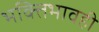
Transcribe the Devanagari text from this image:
भक्तिभावही